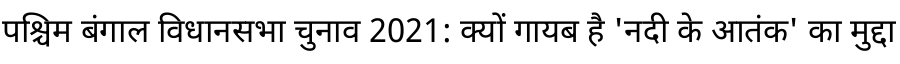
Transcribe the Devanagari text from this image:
पश्चिम बंगाल विधानसभा चुनाव 2021: क्यों गायब है 'नदी के आतंक' का मुद्दा